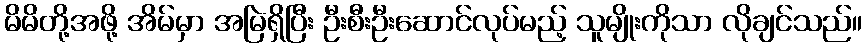
မိမိတို့အဖို့ အိမ်မှာ အမြဲရှိပြီး ဦးစီးဦးဆောင်လုပ်မည့် သူမျိုးကိုသာ လိုချင်သည်။